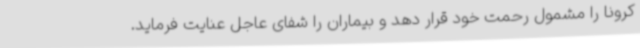
کرونا را مشمول رحمت خود قرار دهد و بیماران را شفای عاجل عنایت فرماید.